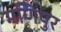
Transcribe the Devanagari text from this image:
मणिपुर